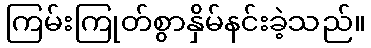
ကြမ်းကြုတ်စွာနှိမ်နင်းခဲ့သည်။